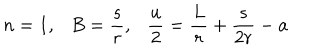
n = 1 , B = { \frac { s } { r } } , { \frac { u } { 2 } } = { \frac { L } { r } } + { \frac { s } { 2 r } } - a